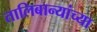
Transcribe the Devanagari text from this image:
तालिबान्यांच्या